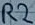
Text: R2